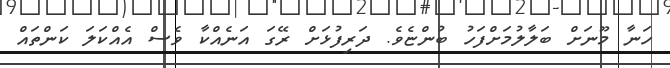
ހަނާ މޫނަށް ބަލާލުމަށްފަހު ބުންޏެވެ. ދަރިފުޅަށް ރޭގަ އަނެއްކާ ވެސް އެއްކަލަ ކަންތައް